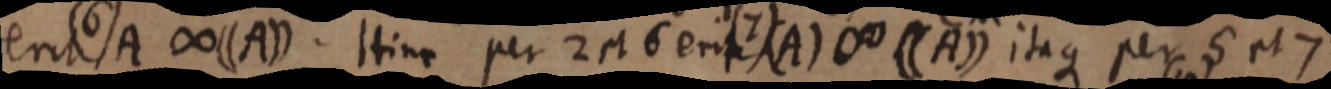
erit (6) A ∞ ((A)). Hinc per 2 et 6 erit (7) (A) ∞ ((A)) itaque per 5 et 7